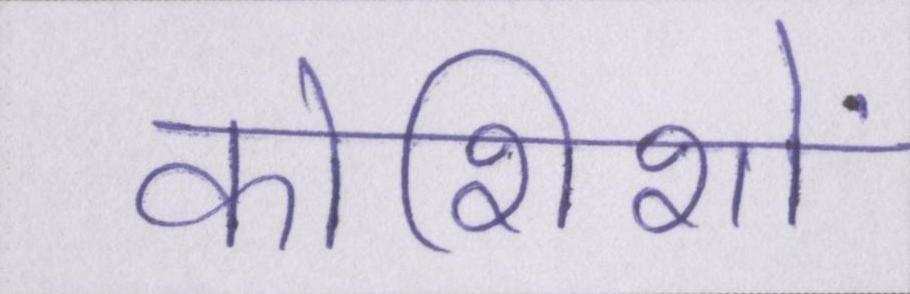
कोशिशों